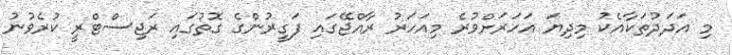
މި އަދަދުތަކާއެކު މިދިޔަ އަހަރަށްވުރެ މިއަހަރު ރާއްޖޭގައި ފަގީރުންގެ ގޮތުގައި ރަޖިސްޓްރީ ކުރެވުނު